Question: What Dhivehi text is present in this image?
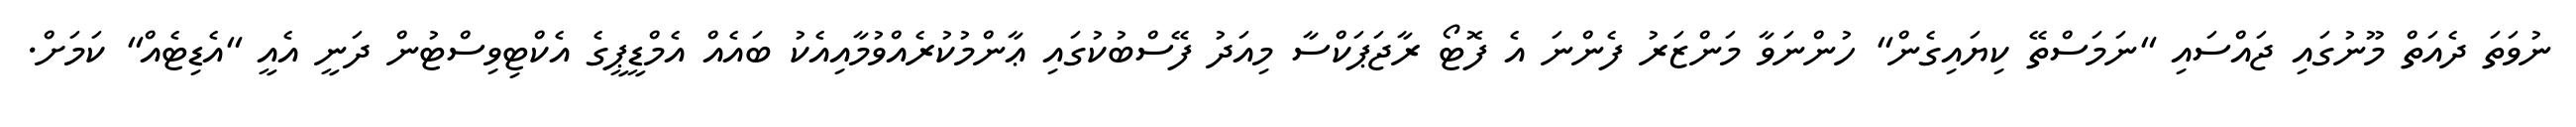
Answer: ނުވަތަ ދެއަތް މޫނުގައި ޖައްސައި "ނަމަސްތޭ ކިޔައިގެން" ހުންނަވާ މަންޒަރު ފެންނަ އެ ފޮޓޯ ރާޖަޕަކްސާ މިއަދު ފޭސްބުކުގައި ޢާންމުކުރެއްވުމާއިއެކު ބައެއް އެމްޑީޕީގެ އެކްޓިވިސްޓުން ދަނީ އެއީ "އެޑިޓެއް" ކަމަށް.